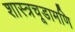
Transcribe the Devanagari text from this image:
शास्त्रचूडामणि